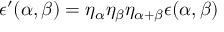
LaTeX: \epsilon ^ { \prime } ( \alpha , \beta ) = \eta _ { \alpha } \eta _ { \beta } \eta _ { \alpha + \beta } \epsilon ( \alpha , \beta )